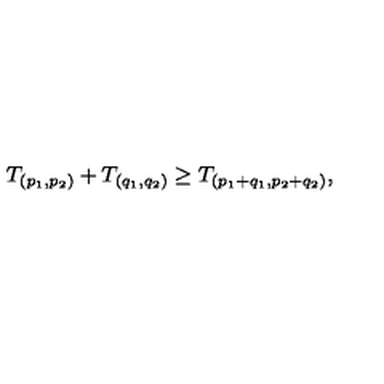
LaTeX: T _ { ( p _ { 1 } , p _ { 2 } ) } + T _ { ( q _ { 1 } , q _ { 2 } ) } \geq T _ { ( p _ { 1 } + q _ { 1 } , p _ { 2 } + q _ { 2 } ) } ,